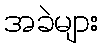
အခဲများ